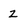
Character: z